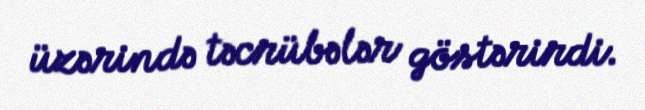
üzərində təcrübələr göstərirdi.